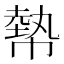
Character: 𢄢